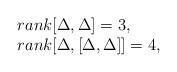
LaTeX: \begin{align*}\begin{array}{lcccl}$$rank[\Delta,\Delta]=3,$$ \\$$rank[\Delta,[\Delta,\Delta]]=4,$$ \\\end{array}\end{align*}